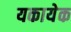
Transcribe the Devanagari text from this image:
यकायेक